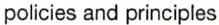
policies and principles